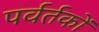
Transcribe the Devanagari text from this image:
पर्वर्तकों